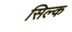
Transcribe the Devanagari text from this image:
सिल्‍क